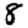
Digit: 8